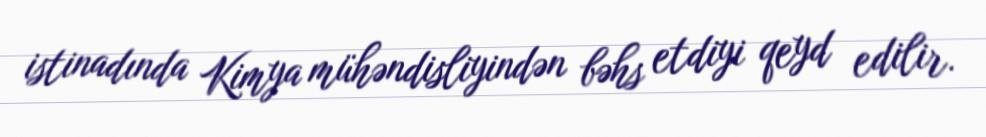
istinadında Kimya mühəndisliyindən bəhs etdiyi qeyd edilir.